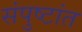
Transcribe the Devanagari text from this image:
संपुष्टांत